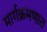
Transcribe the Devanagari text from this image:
मार्गक्रमणात